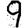
Digit: 9